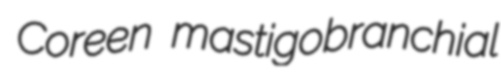
Coreen mastigobranchial